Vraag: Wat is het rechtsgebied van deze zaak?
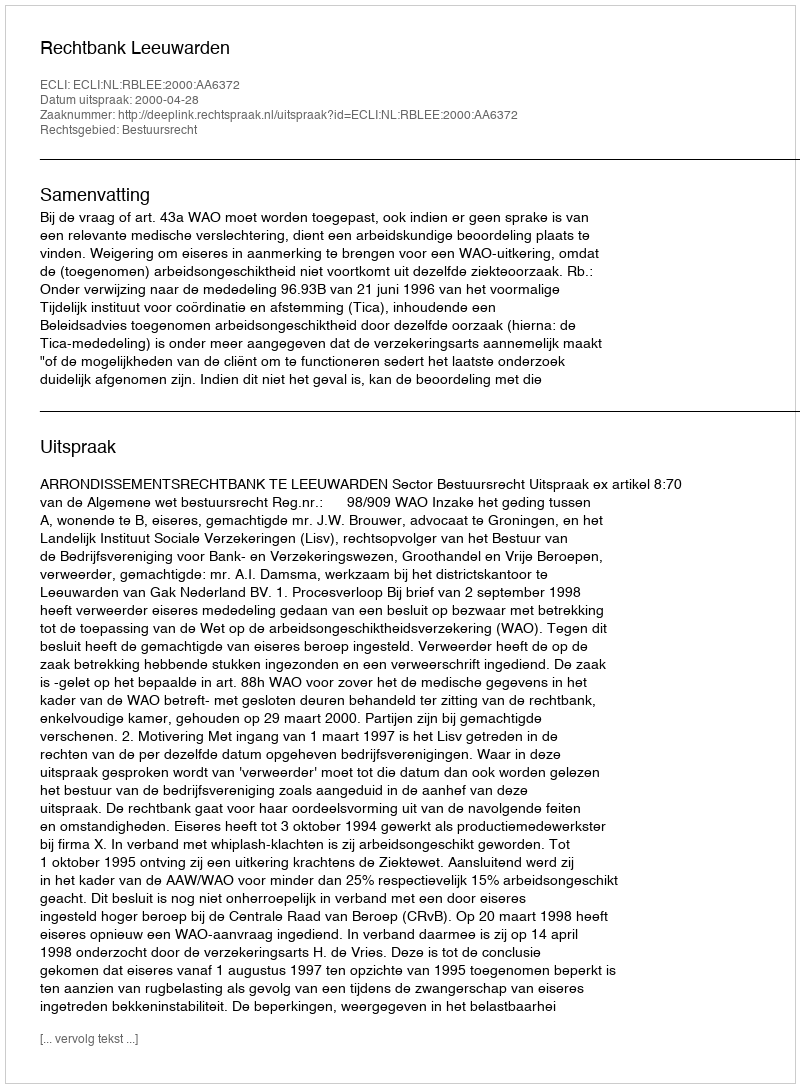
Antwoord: Bestuursrecht